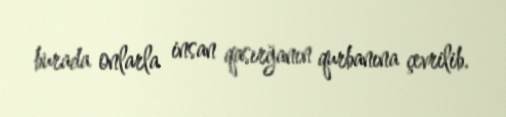
burada onlarla insan qasırğanın qurbanına çevrilib.